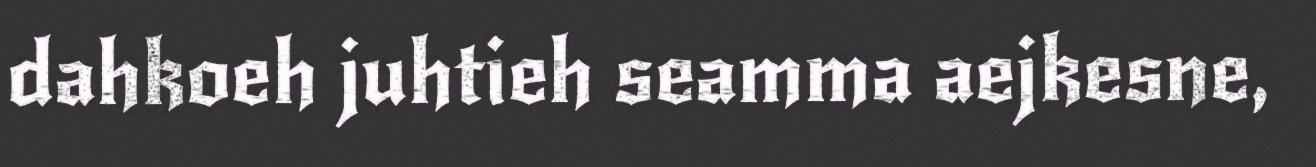
dahkoeh juhtieh seamma aejkesne,